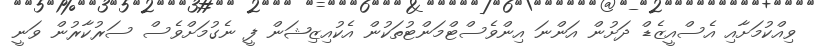
ވިއްކުމަށާއި އެސްއީޒެޑް ދަށުން އަންނަ އިންވެސްޓްމަންޓުތަކުން އެކުއިޒިޝަން ފީ ނެގުމަށްވެސް ސަރުކާރުން ވަނީ